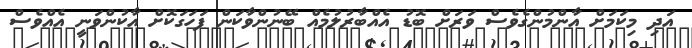
އަދި މިކަމަށް އާންމުންގެވެސް ވަރަށް ބޮޑު އެއްބާރުލުމެއް ބޭނުންވާކަން ފަހަގަކޮށް އާކުންވަނީ އެއްވެސް